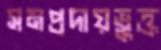
সমপ্রদায়ভুক্ত